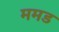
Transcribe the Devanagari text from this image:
ममड